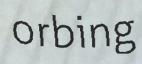
orbing